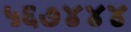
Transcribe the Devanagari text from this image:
५६७४४४